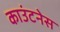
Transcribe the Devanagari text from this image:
काउंटनेस